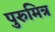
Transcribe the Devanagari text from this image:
पुरुमित्र